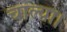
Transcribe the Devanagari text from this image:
चाल्या।